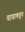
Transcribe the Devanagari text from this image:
वाघाकडून